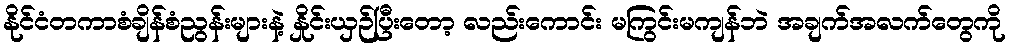
နိုင်ငံတကာစံချိန်စံညွန်းများနဲ့ နှိုင်းယှဉ်ပြီးတော့ လည်းကောင်း မကြွင်းမကျန်ဘဲ အချက်အလက်တွေကို